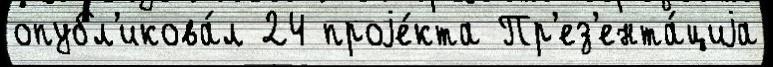
опубл'икова́л 24 проjе́кта Пр'ез'ента́циjа